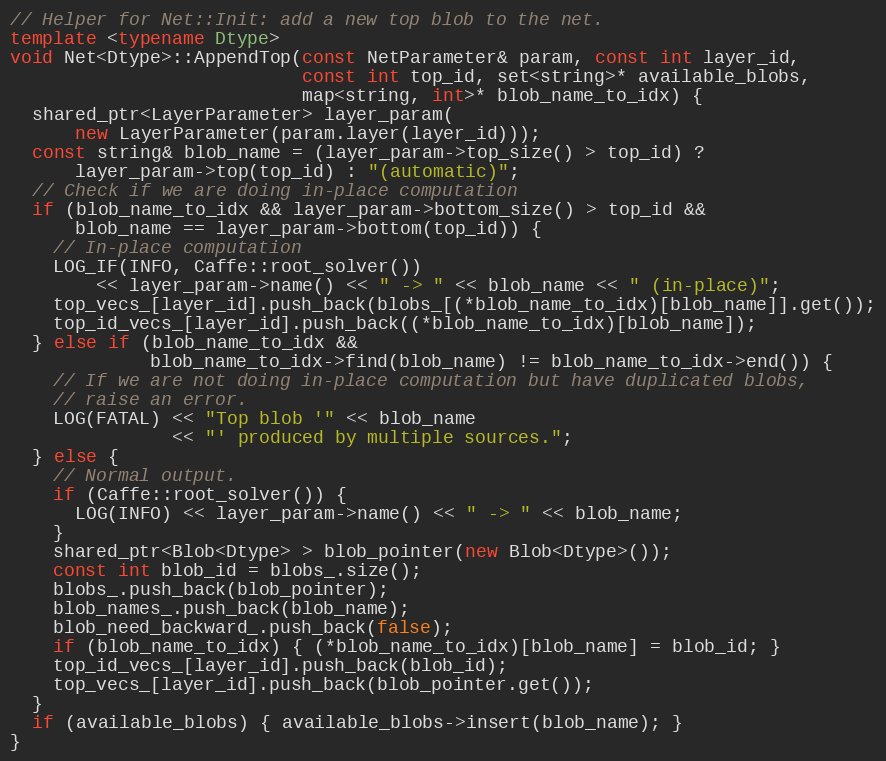
Language: C++
// Helper for Net::Init: add a new top blob to the net.
template <typename Dtype>
void Net<Dtype>::AppendTop(const NetParameter& param, const int layer_id,
                           const int top_id, set<string>* available_blobs,
                           map<string, int>* blob_name_to_idx) {
  shared_ptr<LayerParameter> layer_param(
      new LayerParameter(param.layer(layer_id)));
  const string& blob_name = (layer_param->top_size() > top_id) ?
      layer_param->top(top_id) : "(automatic)";
  // Check if we are doing in-place computation
  if (blob_name_to_idx && layer_param->bottom_size() > top_id &&
      blob_name == layer_param->bottom(top_id)) {
    // In-place computation
    LOG_IF(INFO, Caffe::root_solver())
        << layer_param->name() << " -> " << blob_name << " (in-place)";
    top_vecs_[layer_id].push_back(blobs_[(*blob_name_to_idx)[blob_name]].get());
    top_id_vecs_[layer_id].push_back((*blob_name_to_idx)[blob_name]);
  } else if (blob_name_to_idx &&
             blob_name_to_idx->find(blob_name) != blob_name_to_idx->end()) {
    // If we are not doing in-place computation but have duplicated blobs,
    // raise an error.
    LOG(FATAL) << "Top blob '" << blob_name
               << "' produced by multiple sources.";
  } else {
    // Normal output.
    if (Caffe::root_solver()) {
      LOG(INFO) << layer_param->name() << " -> " << blob_name;
    }
    shared_ptr<Blob<Dtype> > blob_pointer(new Blob<Dtype>());
    const int blob_id = blobs_.size();
    blobs_.push_back(blob_pointer);
    blob_names_.push_back(blob_name);
    blob_need_backward_.push_back(false);
    if (blob_name_to_idx) { (*blob_name_to_idx)[blob_name] = blob_id; }
    top_id_vecs_[layer_id].push_back(blob_id);
    top_vecs_[layer_id].push_back(blob_pointer.get());
  }
  if (available_blobs) { available_blobs->insert(blob_name); }
}